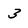
Character: 3